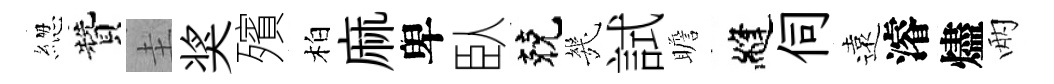
緫贊圭奖殯柏麻卑臥兢㡬試瞻縫伺遠濬燼兩